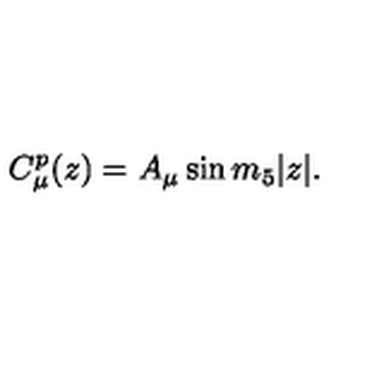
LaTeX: C _ { \mu } ^ { p } ( z ) = A _ { \mu } \sin m _ { 5 } | z | .